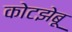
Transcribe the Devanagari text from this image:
कोटझेबू